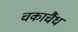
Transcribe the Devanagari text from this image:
चकाचैंध